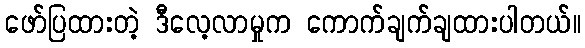
ဖော်ပြထားတဲ့ ဒီလေ့လာမှုက ကောက်ချက်ချထားပါတယ်။